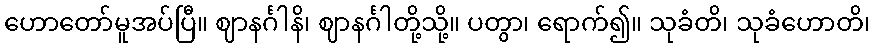
ဟောတော်မူအပ်ပြီ။ ဈာနင်္ဂါနိ၊ ဈာနင်္ဂါတို့သို့။ ပတွာ၊ ရောက်၍။ သုခံတိ၊ သုခံဟောတိ၊